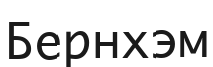
Бернхэм